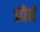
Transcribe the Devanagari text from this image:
प्रोतं